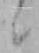
ニ